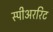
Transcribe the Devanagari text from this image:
स्पीअररिट